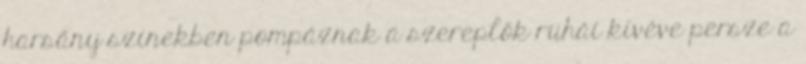
harsány színekben pompáznak a szereplők ruhái kivéve persze a